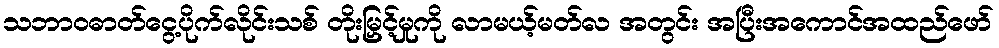
သဘာဝဓာတ်ငွေ့ပိုက်လိုင်းသစ် တိုးမြှင့်မှုကို လာမယ့်မတ်လ အတွင်း အပြီးအကောင်အထည်ဖော်